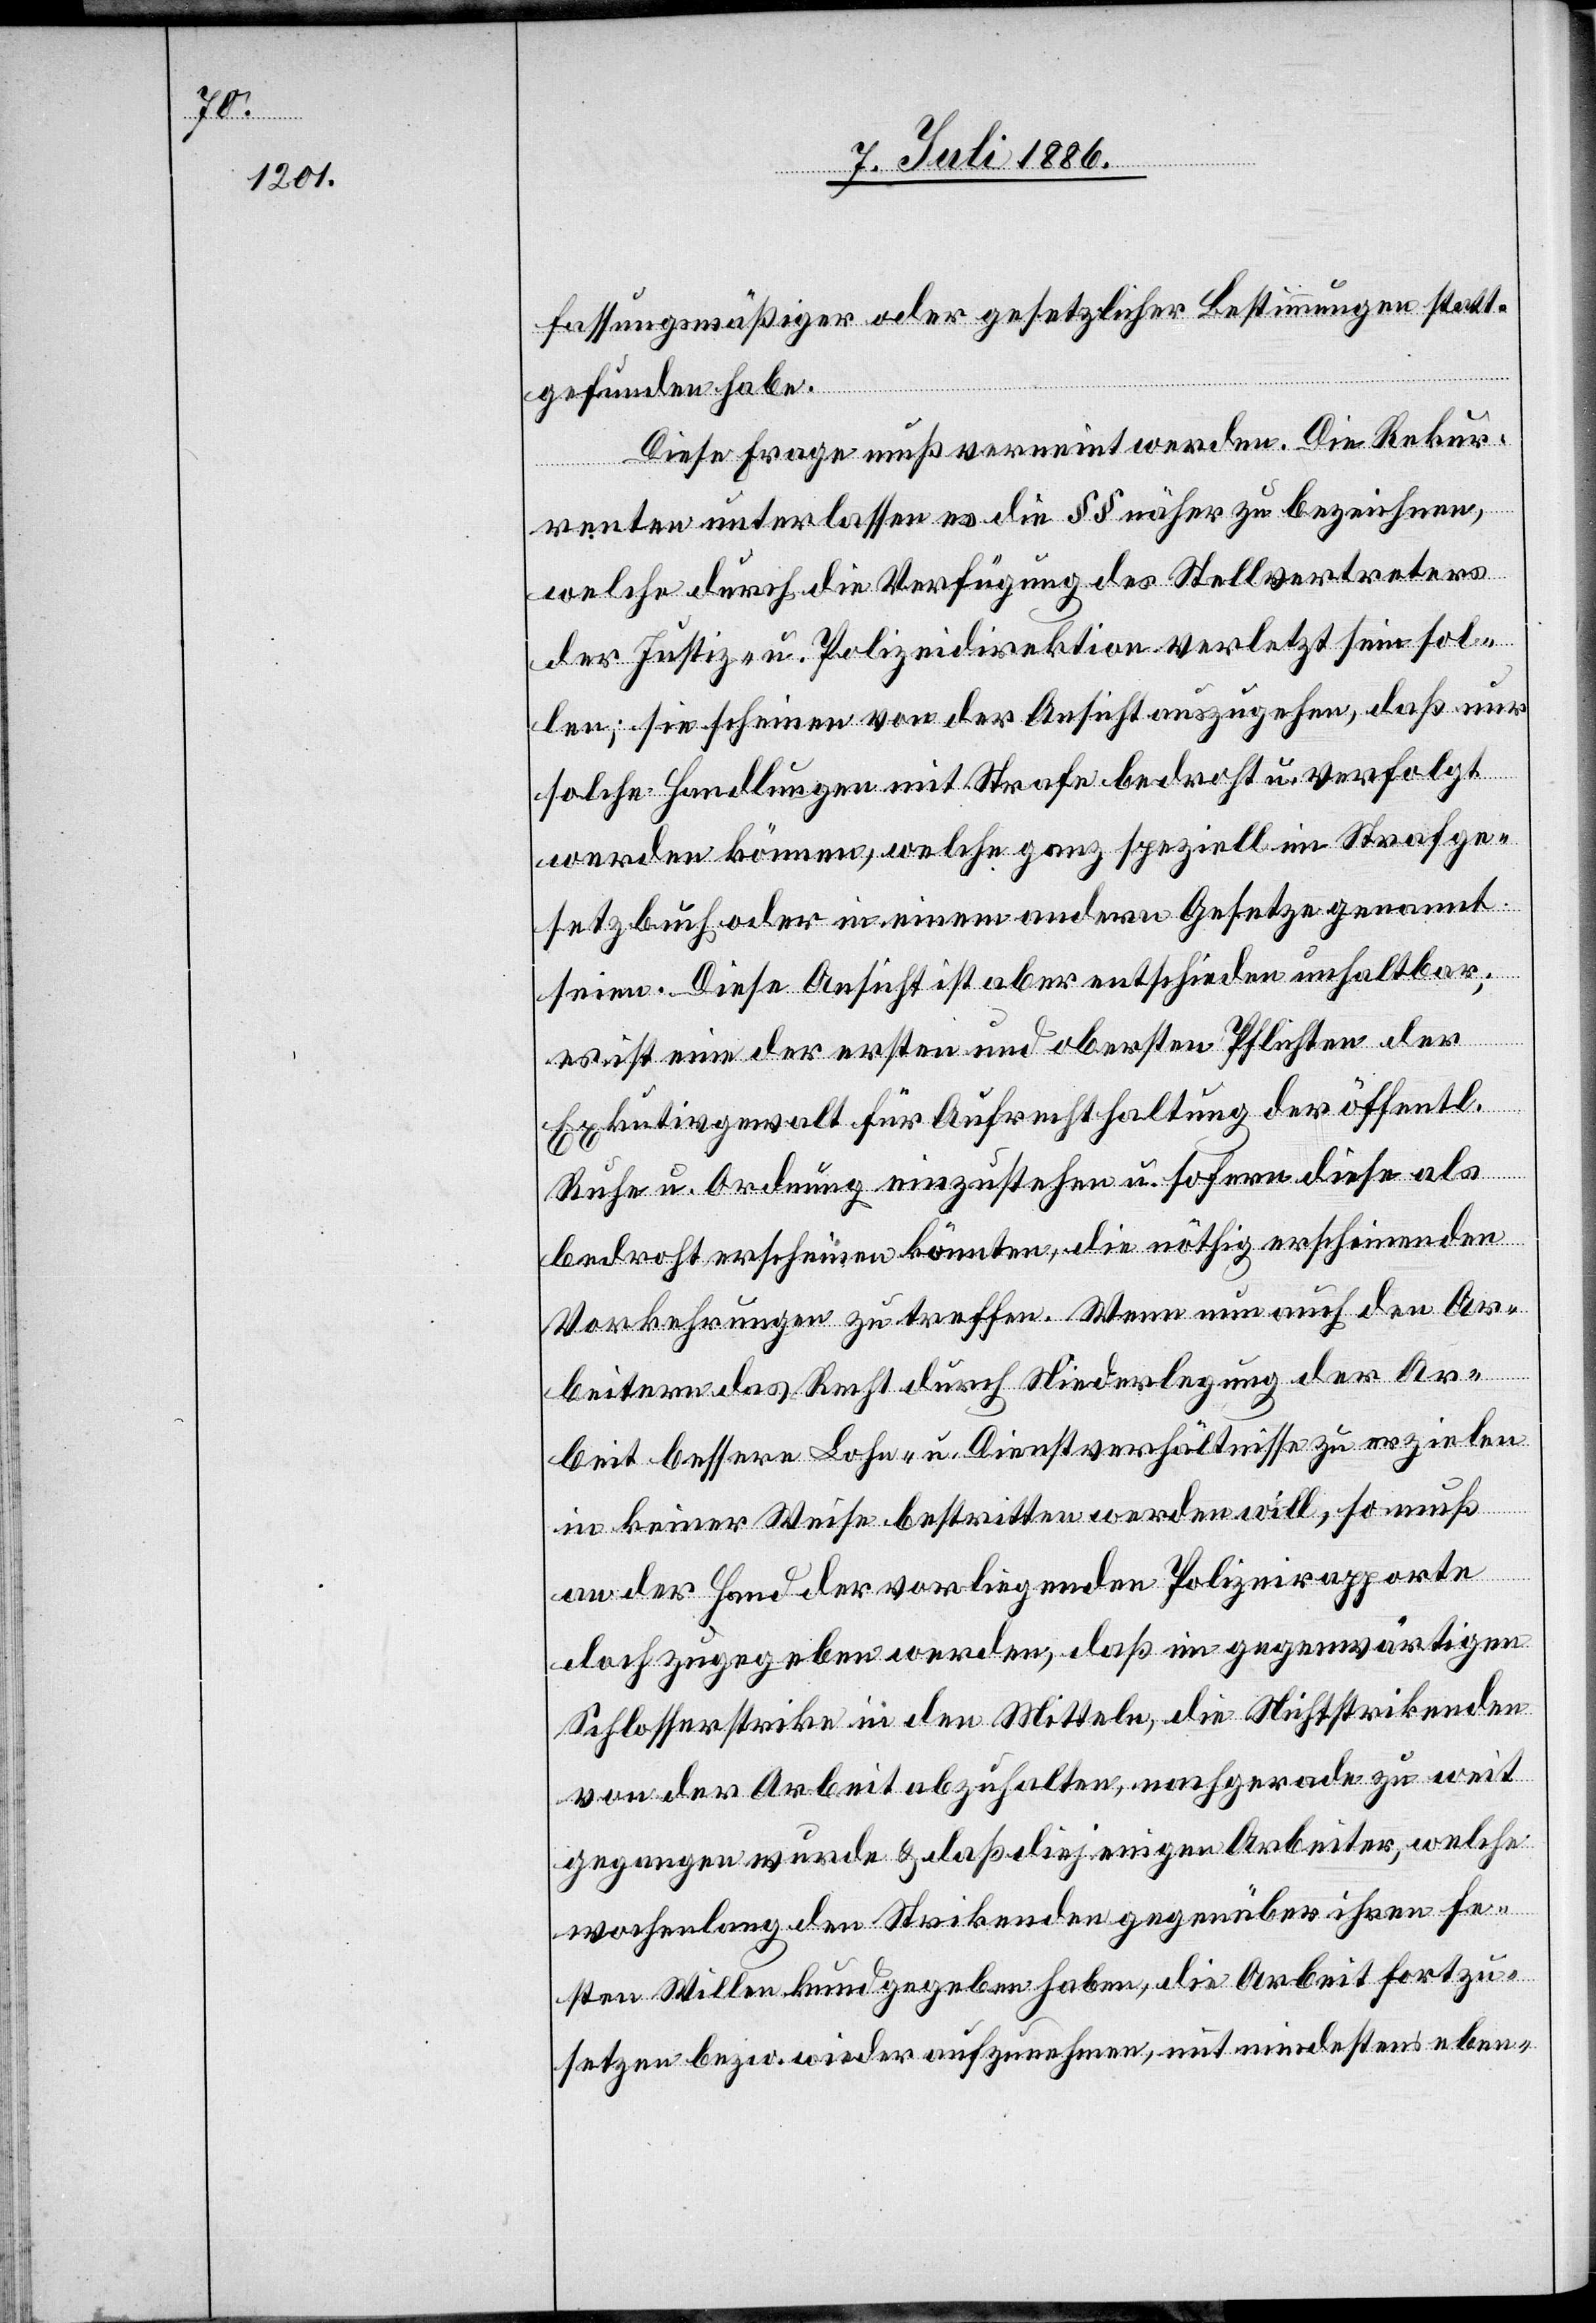
fassungsmäßiger oder gesetzlicher Bestimmungen statt¬
gefunden habe.
Diese Frage muß verneint werden. Die Rekur¬
renten unterlassen es die §§ näher zu bezeichnen,
welche durch die Verfügung des Stellvertreters
der Justiz- u. Polizeidirektion verletzt sein sol¬
len; sie schienen von der Ansicht auszugehen, daß nur
solche Handlungen mit Strafe bedroht u. verfolgt
werden können, welche ganz speziell im Strafge¬
setzbuch oder in einem andern Gesetze genannt
seien. Diese Ansicht ist aber entschieden unhaltbar;
es ist eine der ersten und obersten Pflichten der
Ex[e]kutivgewalt für Aufrechthaltung der öffentl.
Ruhe u. Ordnung einzustehen u. sofern diese als
bedroht erscheinen könnten, die nöthig erscheinenden
Vorkehrungen zu treffen. Wenn nun auch den Ar¬
beitern das Recht durch Niederlegung der Ar¬
beit bessere Lohn- u. Dienstverhältnisse zu erzielen
in keiner Weise bestritten werden will, so muß
an der Hand der vorliegenden Polizeirapporte
doch zugegeben werden, daß im gegenwärtigen
Schlosserstrike in den Mitteln, die Nichtstrikenden
von der Arbeit abzuhalten, nachgerade zu weit
gegangen wurde & daß diejenigen Arbeiter, welche
wochenlang den Strikenden gegenüber ihren fe¬
sten Willen kund gegeben haben, die Arbeit fortzu¬
setzen bezw. wieder aufzunehmen, mit mindestens eben-